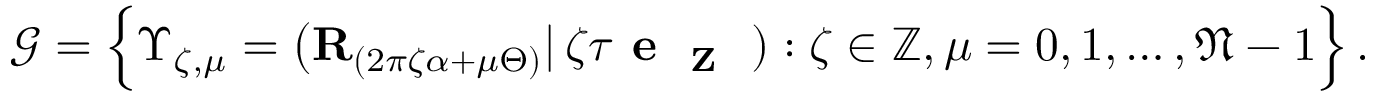
\begin{array} { r } { \mathcal { G } = \Big \{ \Upsilon _ { \zeta , \mu } = \big ( { \bf R } _ { ( 2 \pi \zeta \alpha + \mu \Theta ) } | \, \zeta \tau \textbf { e \textsubscript { Z } } ) : \zeta \in \mathbb { Z } , \mu = 0 , 1 , \dots , \mathfrak { N } - 1 \Big \} \, . } \end{array}